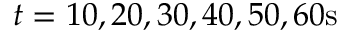
t = 1 0 , 2 0 , 3 0 , 4 0 , 5 0 , 6 0 \mathrm { s }